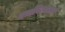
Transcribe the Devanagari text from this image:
चर्चाविश्वामध्ये